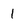
Character: 1